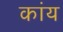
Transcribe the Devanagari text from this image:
कांय